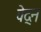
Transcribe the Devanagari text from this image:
वेद्न